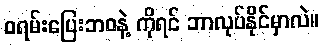
ဝရမ်းပြေးဘဝနဲ့ ကိုရင် ဘာလုပ်နိုင်မှာလဲ။